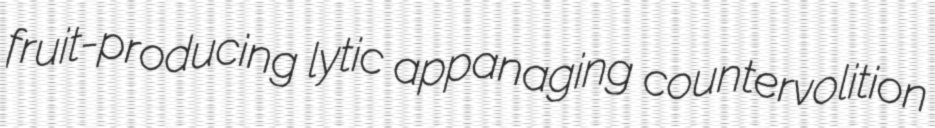
fruit-producing lytic appanaging countervolition